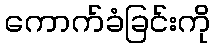
ကောက်ခံခြင်းကို